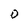
Character: O